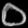
Digit: ၀